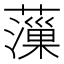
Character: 薻